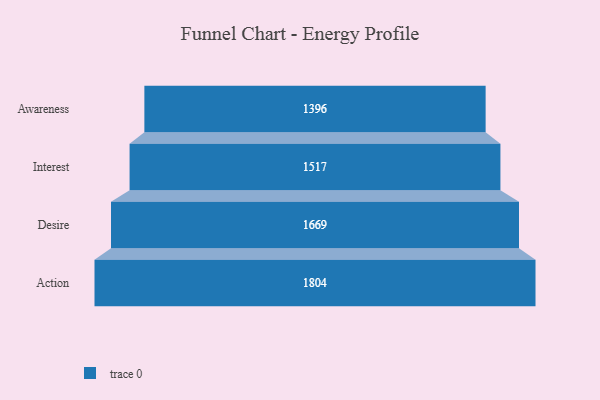
{"axis": {"x": "Stage", "y": "Value"}, "legend": [""], "data": [{"x": "Awareness", "y": 1396.0, "type": ""}, {"x": "Interest", "y": 1517.0, "type": ""}, {"x": "Desire", "y": 1669.0, "type": ""}, {"x": "Action", "y": 1804.0, "type": ""}]}